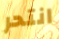
انتحر